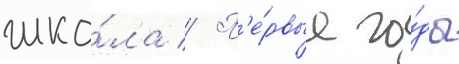
шко́ла // П'е́рвые го́ды